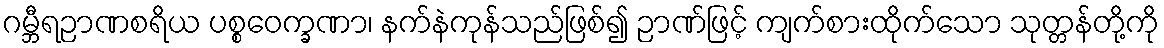
ဂမ္ဘီရဉာဏစရိယ ပစ္စဝေက္ခဏာ၊ နက်နဲကုန်သည်ဖြစ်၍ ဉာဏ်ဖြင့် ကျက်စားထိုက်သော သုတ္တန်တို့ကို